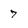
Character: 7